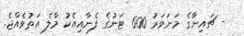
- ޗައިނާގެ މަނަވަރު 600 ޓަނުގެ ފެނާއިއެކު މާލެ އަތުވެއްޖެ.